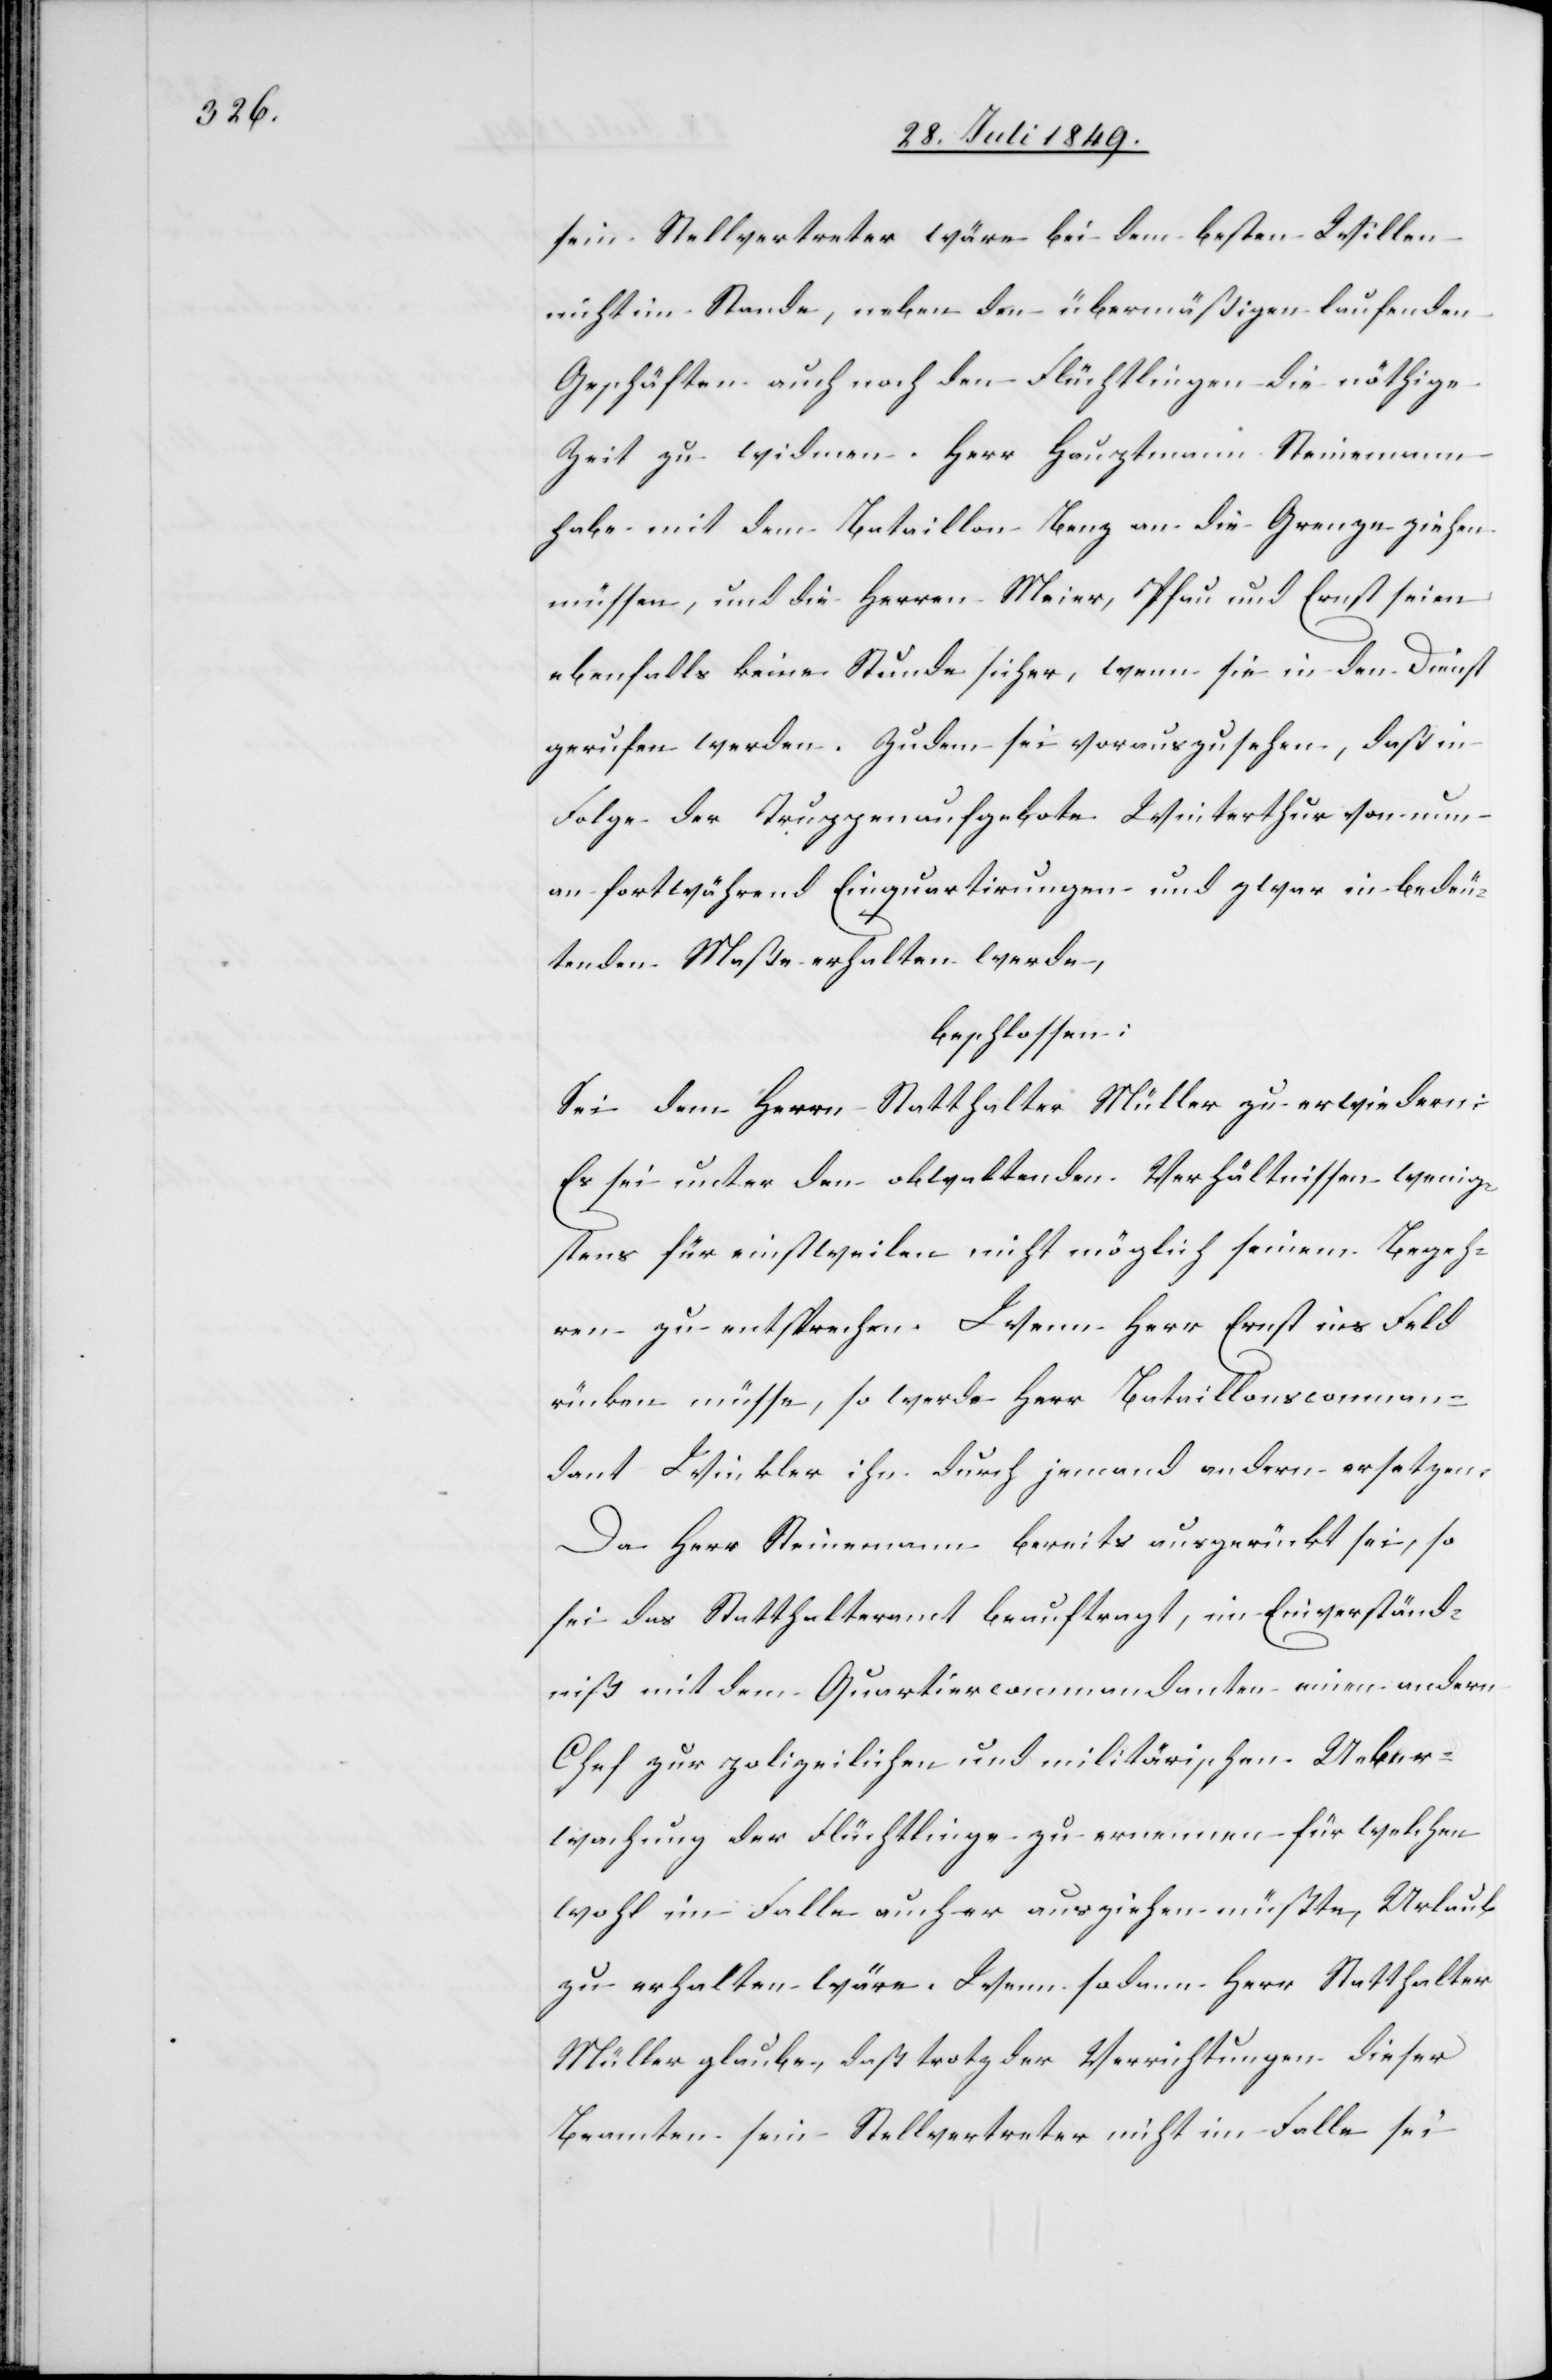
sein Stellvertreter wäre bei dem besten Willen
nicht im Stande, neben den übermäßigen laufenden
Geschäften auch noch den Flüchtlingen die nöthige
Zeit zu widmen. Herr Hauptmann Steinemann
habe mit dem Bataillon Benz an die Grenze ziehen
müssen, und die Herren Meier, Pfau und Ernst seien
ebenfalls keine Stunde sicher, wenn sie in den Dienst
gerufen werden. Zudem sei vorauszusehen, daß in
Folge der Truppenaufgebote Winterthur von nun
an fortwährend Einquartierungen und zwar in bedeu¬
tenden Maße erhalten werde,
beschlossen:
Sei dem Herrn Statthalter Müller zu erwiedern:
Es sei unter den obwaltenden Verhältnissen wenig¬
stens für einstweilen nicht möglich seinem Begeh¬
ren zu entsprechen. Wenn Herr Ernst ins Feld
rücken müsse, so werde Herr Bataillonscomman¬
dant Winkler ihn durch jemand andern ersetzen.
Da Herr Steinemann bereits ausgerükt sei, so
sei das Statthalteramt beauftragt, im Einverständ¬
iß mit dem Quartiercommandanten einen andern
Chef zur polizeilichen und militärischen Ueber¬
wachung der Flüchtlinge zu ernennen für welchen
wohl im Falle auch er ausziehen müßte, Urlaub
zu erhalten wäre. Wenn sodann Herr Statthalter
Müller glaube, daß trotz der Verrichtungen dieser
Beamten sein Stellvertreter nicht im Falle sei